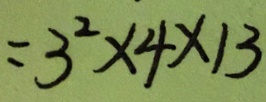
= 3 ^ { 2 } \times 4 \times 1 3